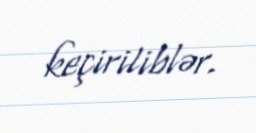
keçiriliblər.